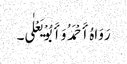
رَوَاہُ أَحْمَدُ وَأَبُوْ یَعْلٰی۔